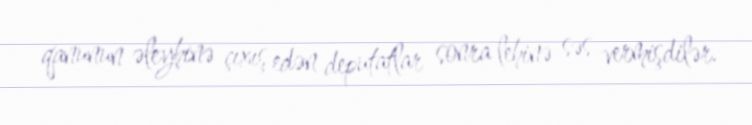
qanunun əleyhinə çıxış edən deputatlar sonra lehinə səs vermişdilər.